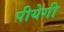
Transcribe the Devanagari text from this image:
पीयेगी